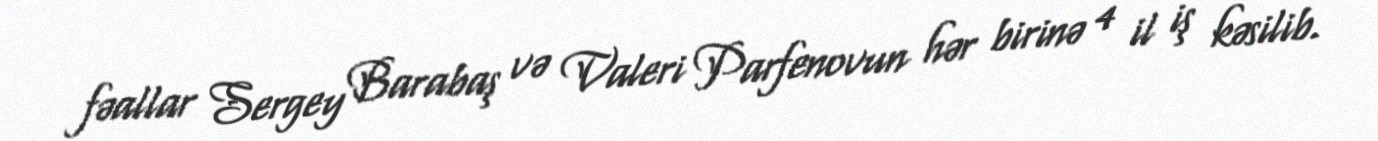
fəallar Sergey Barabaş və Valeri Parfenovun hər birinə 4 il iş kəsilib.